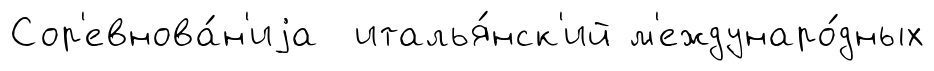
Сор'евнова́н'иjа италья́нск'ий м'еждунаро́дных